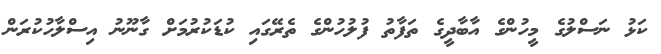
ކަޅު ނަސްލުގެ މީހުންގެ އާބާދީގެ ތަފާތު ފުލުހުންގެ ތެރޭގައި ކުޑަކުރުމަށް ގާނޫނު އިސްލާހުކުރަން